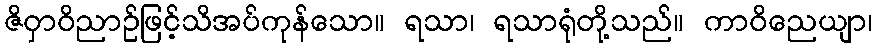
ဇိဝှာဝိညာဉ်ဖြင့်သိအပ်ကုန်သော။ ရသာ၊ ရသာရုံတို့သည်။ ကာဝိညေယျာ၊